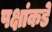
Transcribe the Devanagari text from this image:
पक्षांकडे